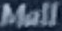
Mall